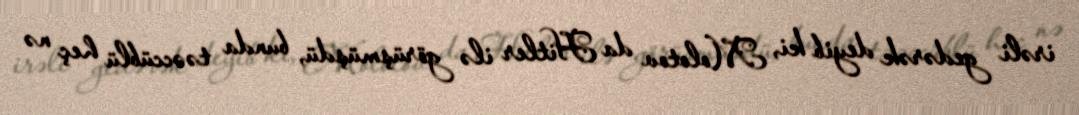
irəli gedərək deyib ki, Molotov da Hitler ilə görüşmüşdü, bunda təəccüblü heç nə